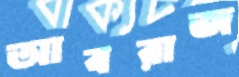
আবরাজ